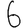
Digit: 6